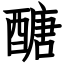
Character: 醣